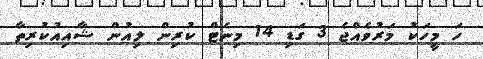
ހަ މީހަކު މަރުވެއްޖެ 3 ގަޑި 14 މިނެޓް ކުރިން ލިއުން ޝާއިއުކުރިތާ